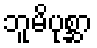
ဘူမိပုစ္ဆာ